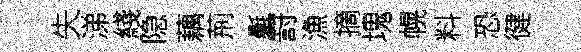
失涕綫隐藕荊氎罸漁摘塊幌料恐徤